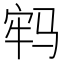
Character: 𩧷